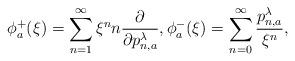
LaTeX: \begin{align*}\phi_a^+(\xi)=\sum_{n=1}^{\infty}\xi^n n\frac{\partial}{\partial p^\lambda_{n,a}},\phi_a^-(\xi)=\sum_{n=0}^{\infty}\frac{p_{n,a}^\lambda}{\xi^n},\end{align*}